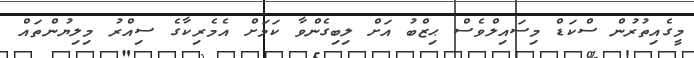
މީގެއިތުރުން ސްކަޑް މިސައިލްވެސް ޙިޒްބު އަށް ލިބިގެންވާ ކަމަށް އެމެރިކާގެ ސިއްރު މިލިޔުންތައް